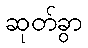
ဆုတ်ခွာ